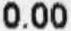
0.00